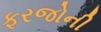
ફરજોની